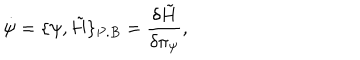
\dot { \psi } = \{ \psi , \tilde { H } \} _ { P . B } = { \frac { \delta \tilde { H } } { \delta \pi _ { \psi } } } ,